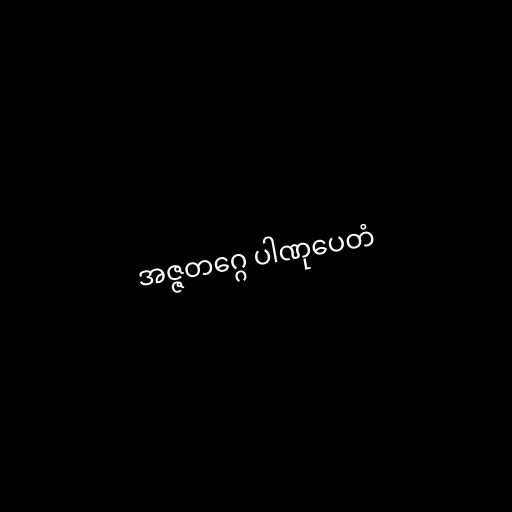
အဇ္ဇတဂ္ဂေ ပါဏုပေတံ